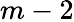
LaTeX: m-2